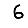
Digit: 6